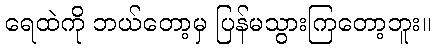
ရေထဲကို ဘယ်တော့မှ ပြန်မသွားကြတော့ဘူး။